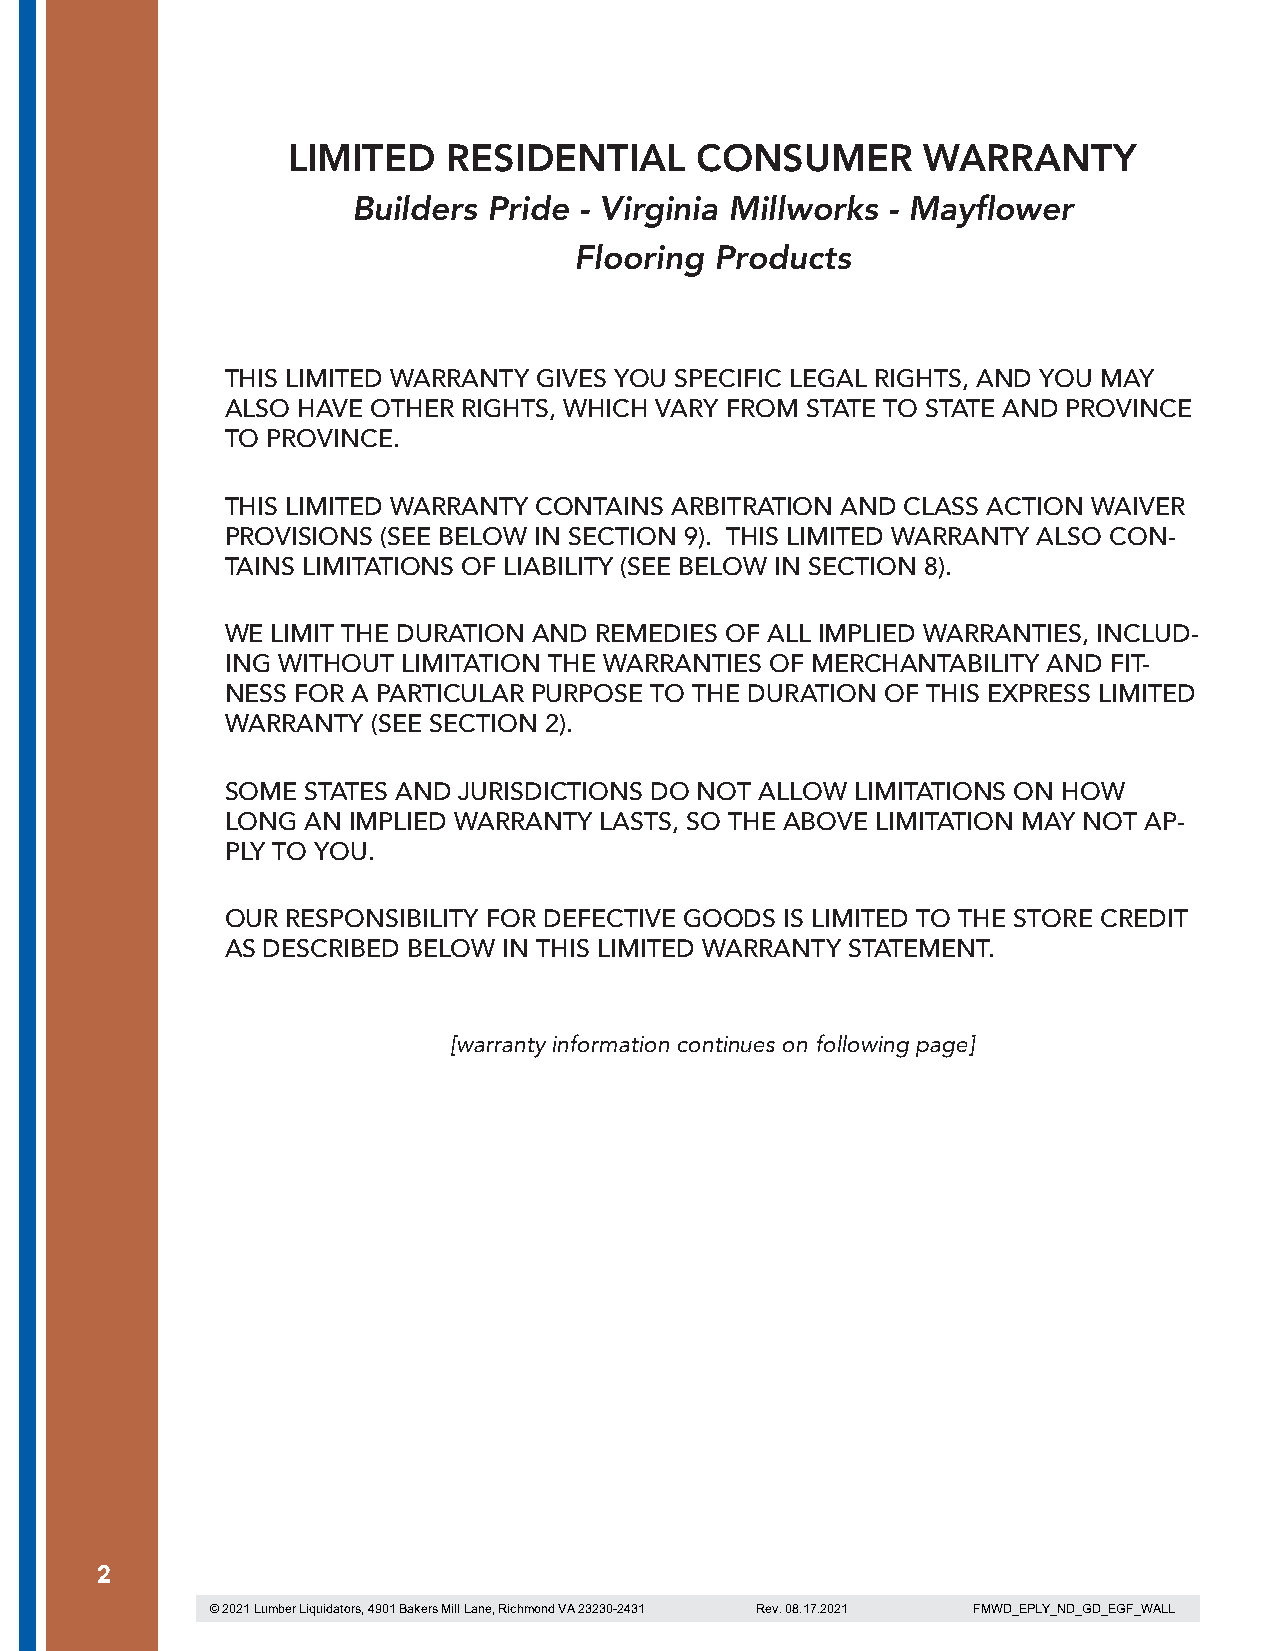
LIMITED    RESIDENTIAL     CONSUMER       WARRANTY
 Builders Pride - Virginia Millworks - Mayflower
 Flooring Products
 THIS LIMITED WARRANTY GIVES YOU SPECIFIC LEGAL RIGHTS, AND YOU MAY
 ALSO HAVE OTHER RIGHTS, WHICH VARY FROM STATE TO STATE AND PROVINCE
 TO PROVINCE.
 THIS LIMITED WARRANTY CONTAINS ARBITRATION AND CLASS ACTION WAIVER
 PROVISIONS (SEE BELOW IN SECTION 9). THIS LIMITED WARRANTY ALSO CON-
 TAINS LIMITATIONS OF LIABILITY (SEE BELOW IN SECTION 8).
 WE LIMIT THE DURATION AND REMEDIES OF ALL IMPLIED WARRANTIES, INCLUD-
 ING WITHOUT LIMITATION THE WARRANTIES OF MERCHANTABILITY AND FIT-
 NESS FOR A PARTICULAR PURPOSE TO THE DURATION OF THIS EXPRESS LIMITED
 WARRANTY  (SEE SECTION 2).
 SOME STATES AND JURISDICTIONS DO NOT ALLOW LIMITATIONS ON HOW
 LONG AN IMPLIED WARRANTY LASTS, SO THE ABOVE LIMITATION MAY NOT AP-
 PLY TO YOU.
 OUR RESPONSIBILITY FOR DEFECTIVE GOODS IS LIMITED TO THE STORE CREDIT
 AS DESCRIBED BELOW IN THIS LIMITED WARRANTY STATEMENT.
 [warranty information continues on following page]
 2
 © 2021 Lumber Liquidators, 4901 Bakers Mill Lane, Richmond VA 23230-2431 Rev. 08.17.2021 FMWD_EPLY_ND_GD_EGF_WALL